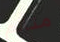
متألم